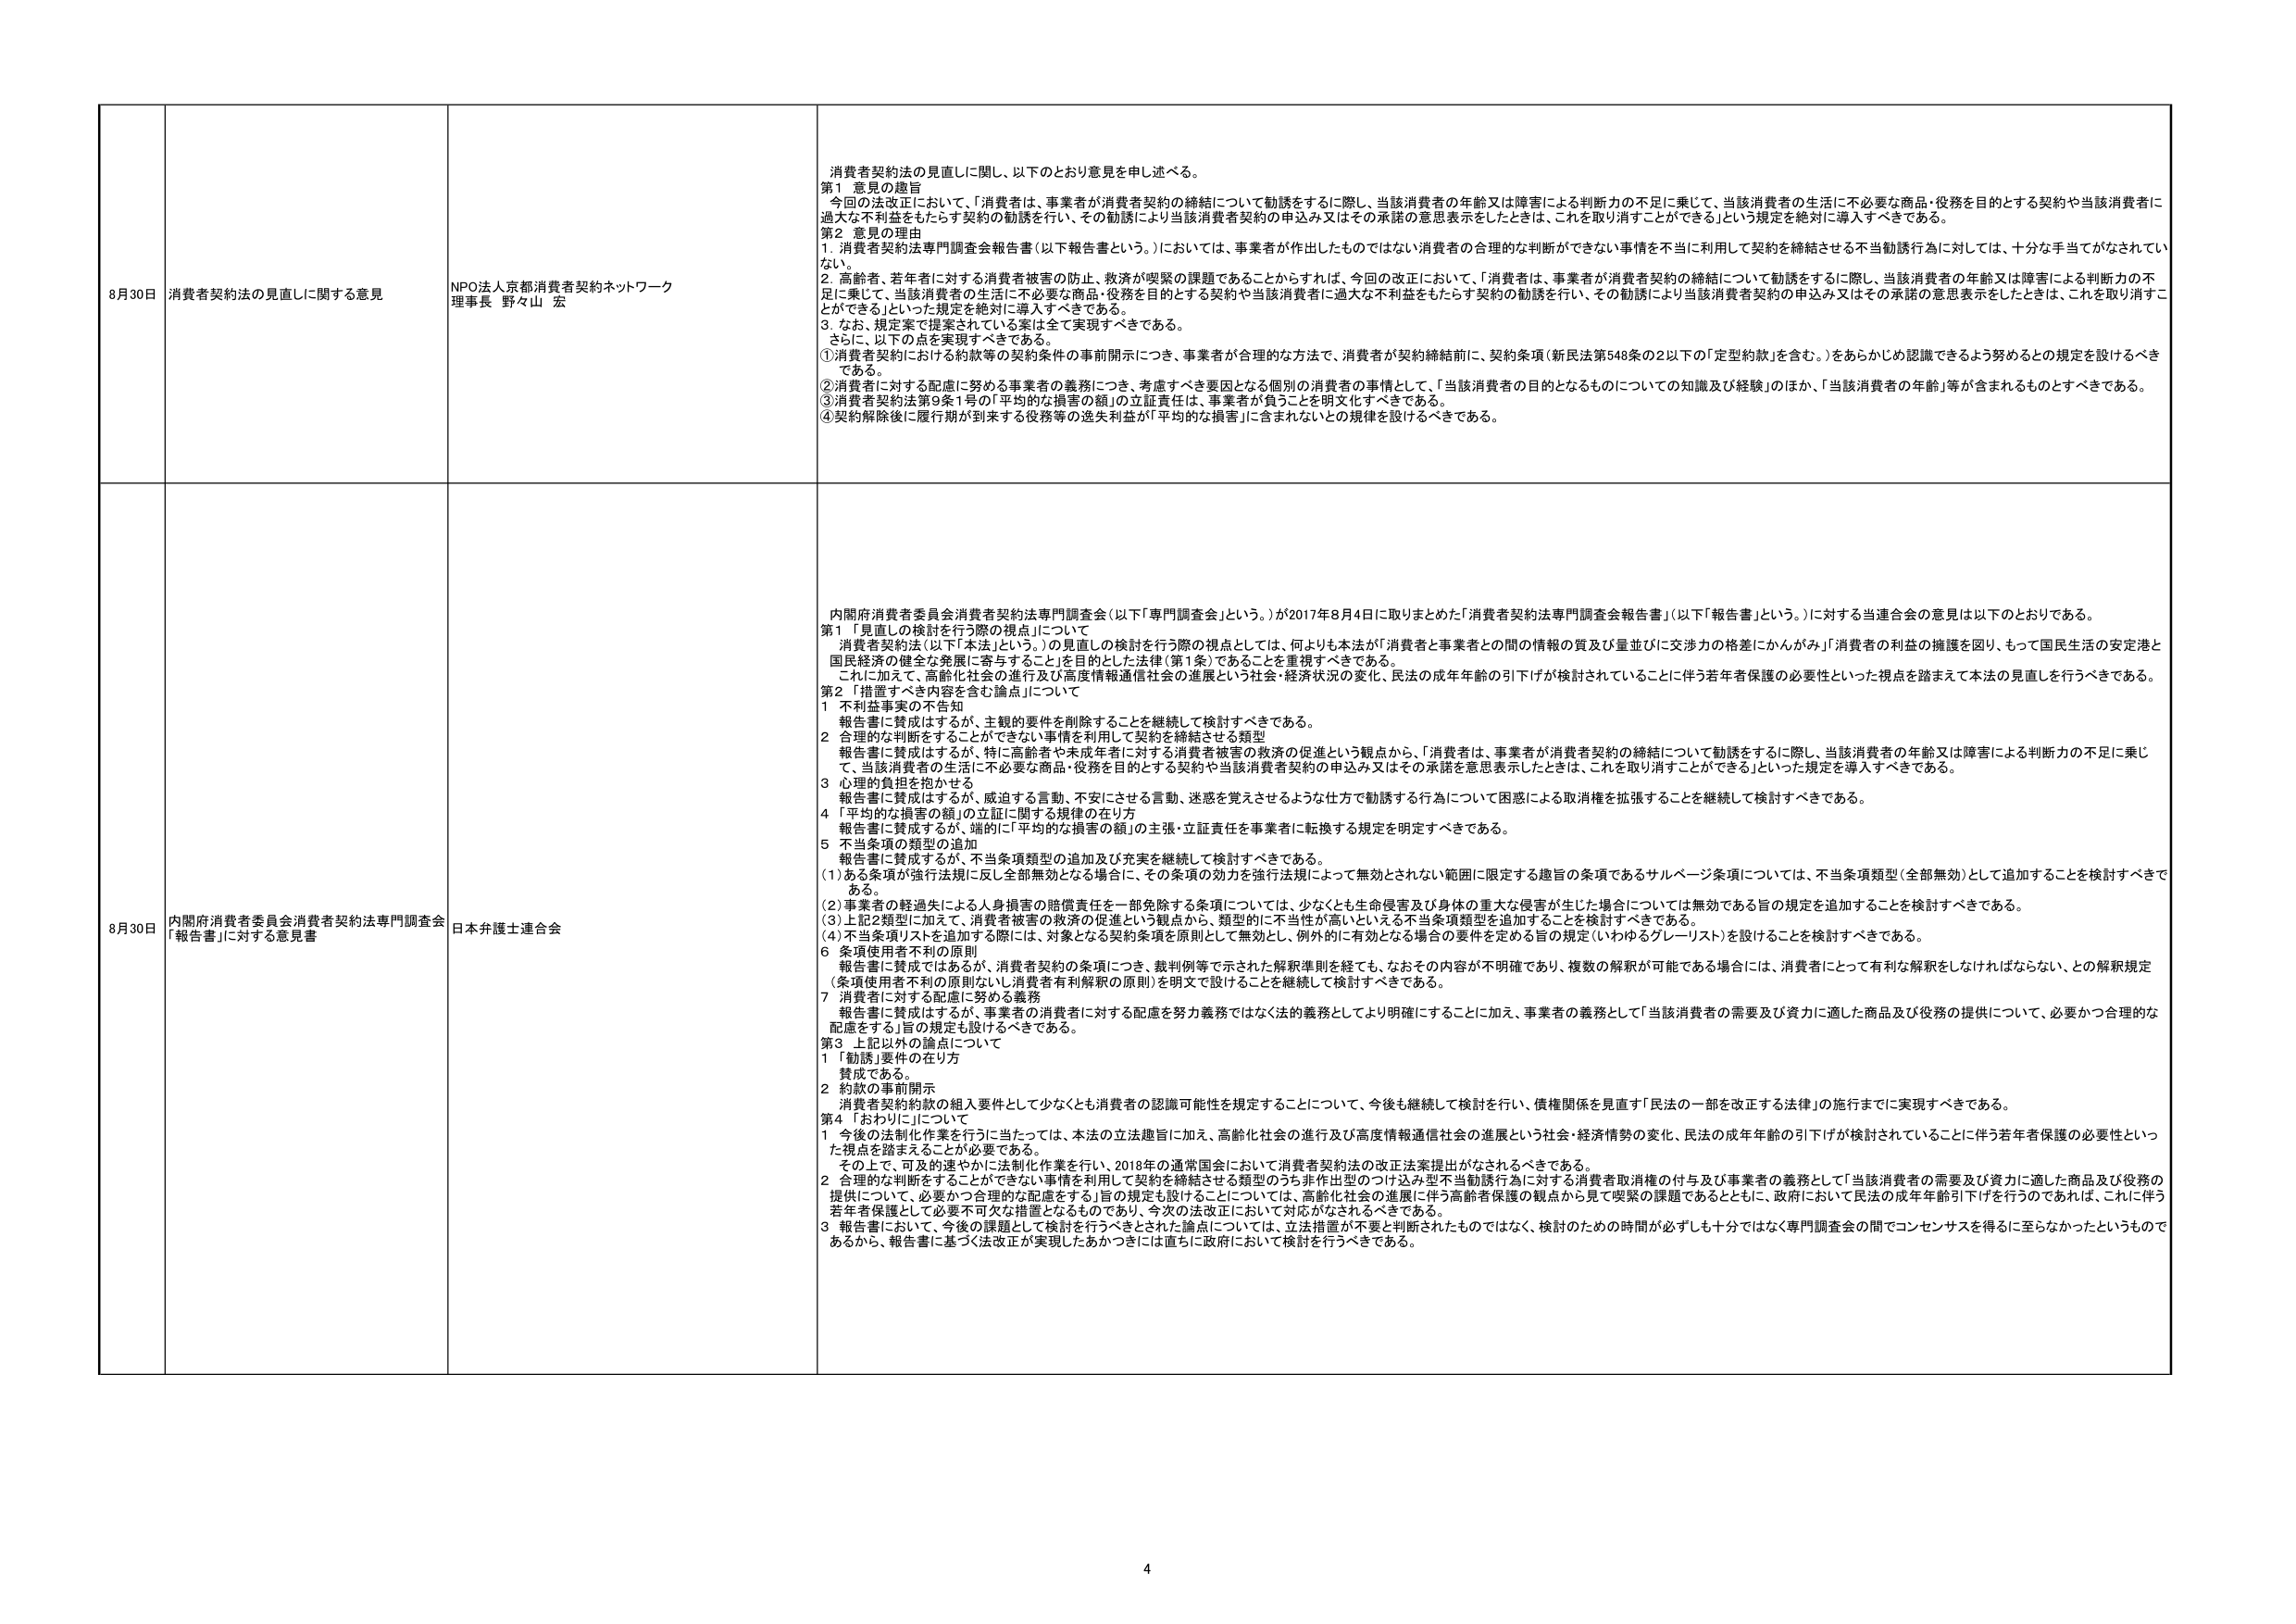
8月30日 消費者契約法の見直しに関する意見
NPO法人京都消費者契約ネットワーク
理事長 野々山 宏
消費者契約法の見直しに関し、以下のとおり意見を申し述べる。
第1 意見の趣旨
今回の法改正において、「消費者は、事業者が消費者契約の締結について勧誘をするに際し、当該消費者の年齢又は障害による判断力の不足に乗じて、当該消費者の生活に不必要な商品・役務を目的とする契約や当該消費者に過大な不利益をもたらす契約の勧誘を行い、その勧誘により当該消費者契約の申込み又はその承諾の意思表示をしたときは、これを取り消すことができる」という規定を絶対に導入すべきである。
第2 意見の理由
1. 消費者契約法専門調査会報告書（以下報告書という。）においては、事業者が作出したものではない消費者の合理的な判断ができない事情を不当に利用して契約を締結させる不当勧誘行為に対しては、十分な手当てがなされていない。
2. 高齢者、若年者に対する消費者被害の防止、救済が喫緊の課題であることからすれば、今回の改正において、「消費者は、事業者が消費者契約の締結について勧誘をするに際し、当該消費者の年齢又は障害による判断力の不足に乗じて、当該消費者の生活に不必要な商品・役務を目的とする契約や当該消費者に過大な不利益をもたらす契約の勧誘を行い、その勧誘により当該消費者契約の申込み又はその承諾の意思表示をしたときは、これを取り消すことができる」といった規定を絶対に導入すべきである。
3. なお、規定案で提案されている案は全て実現すべきである。
さらに、以下の点を実現すべきである。
①消費者契約における約款等の契約条件の事前開示につき、事業者が合理的な方法で、消費者が契約締結前に、契約条項（新民法第548条の2以下の「定型約款」を含む。）をあらかじめ認識できるよう努めるとの規定を設けるべきである。
②消費者に対する配慮に努める事業者の義務につき、考慮すべき要因となる個別の消費者の事情として、「当該消費者の目的となるものについての知識及び経験」のほか、「当該消費者の年齢」等が含まれるものとすべきである。
③消費者契約法第9条1号の「平均的な損害の額」の立証責任は、事業者が負うことを明文化すべきである。
④契約解除後に履行期が到来する役務等の逸失利益が「平均的な損害」に含まれないとの規律を設けるべきである。

8月30日 内閣府消費者委員会消費者契約法専門調査会「報告書」に対する意見書
日本弁護士連合会
内閣府消費者委員会消費者契約法専門調査会（以下「専門調査会」という。）が2017年8月4日に取りまとめた「消費者契約法専門調査会報告書」（以下「報告書」という。）に対する当連合会の意見は以下のとおりである。
第1 「見直しの検討を行う際の視点」について
消費者契約法（以下本法という。）の見直しの検討を行う際の視点としては、何よりも本法が「消費者と事業者との間の情報の質及び量並びに交渉力の格差にかんがみ」「消費者の利益の擁護を図り、もって国民生活の安定と国民経済の健全な発展に寄与すること」を目的とした法律（第1条）であることを重視すべきである。
これに加えて、高齢化社会の進行及び高度情報通信社会の進展という社会・経済状況の変化、民法の成年年齢の引下げが検討されていることに伴う若年者保護の必要性といった視点を踏まえて本法の見直しを行うべきである。
第2 「措置すべき内容を含む論点」について
1 不利益事実の不告知
報告書に賛成はするが、主観的要件を削除することを継続して検討すべきである。
2 合理的な判断をすることができない事情を利用して契約を締結させる類型
報告書に賛成はするが、特に高齢者や未成年者に対する消費者被害の救済の促進という観点から、「消費者は、事業者が消費者契約の締結について勧誘をするに際し、当該消費者の年齢又は障害による判断力の不足に乗じて、当該消費者の生活に不必要な商品・役務を目的とする契約や当該消費者契約の申込み又はその承諾を意思表示したときは、これを取り消すことができる」といった規定を導入すべきである。
3 心理的負担を抱かせる
報告書に賛成はするが、威迫する言動、不安にさせる言動、迷惑を覚えさせるような仕方で勧誘する行為について困惑による取消権を拡張することを継続して検討すべきである。
4 「平均的な損害の額」の立証に関する規律の在り方
報告書に賛成するが、端的に「平均的な損害の額」の主張・立証責任を事業者に転換する規定を明定すべきである。
5 不当条項の類型の追加
報告書に賛成するが、不当条項類型の追加及び充実を継続して検討すべきである。
(1) ある条項が強行法規に反し全部無効となる場合に、その条項の効力を強行法規によって無効とされない範囲に限定する趣旨の条項であるサルベージ条項については、不当条項類型（全部無効）として追加することを検討すべきである。
(2) 事業者の軽過失による人身損害の賠償責任を一部免除する条項については、少なくとも生命侵害及び身体の重大な侵害が生じた場合については無効である旨の規定を追加することを検討すべきである。
(3) 上記2類型に加えて、消費者被害の救済の促進という観点から、類型的に不当性が高いといえる不当条項類型を追加することを検討すべきである。
(4) 不当条項リストを追加する際には、対象となる契約条項を原則として無効とし、例外的に有効となる場合の要件を定める旨の規定（いわゆるグレーリスト）を設けることを検討すべきである。
6 条項使用者不利の原則
報告書に賛成ではあるが、消費者契約の条項につき、裁判例等で示された解釈準則を経ても、なおその内容が不明確であり、複数の解釈が可能である場合には、消費者にとって有利な解釈をしなければならない、との解釈規定（条項使用者不利の原則ないし消費者有利解釈の原則）を明文で設けることを継続して検討すべきである。
7 消費者に対する配慮に努める義務
報告書に賛成はするが、事業者の消費者に対する配慮を努力義務ではなく法的義務としてより明確にすることに加え、事業者の義務として「当該消費者の需要及び資力に適した商品及び役務の提供について、必要かつ合理的な配慮をする」旨の規定も設けるべきである。
第3 上記以外の論点について
1 「勧誘」要件の在り方
賛成である。
2 約款の事前開示
消費者契約約款の組入要件として少なくとも消費者の認識可能性を規定することについて、今後も継続して検討を行い、債権関係を見直す「民法の一部を改正する法律」の施行までに実現すべきである。
第4 「おわりに」について
1 今後の法制化作業を行うに当たっては、本法の立法趣旨に加え、高齢化社会の進行及び高度情報通信社会の進展という社会・経済情勢の変化、民法の成年年齢の引下げが検討されていることに伴う若年者保護の必要性といった視点を踏まえることが必要である。
その上で、可及的速やかに法制化作業を行い、2018年の通常国会において消費者契約法の改正法案提出がなされるべきである。
2 合理的な判断をすることができない事情を利用して契約を締結させる類型のうち非作型のつけ込み型不当勧誘行為に対する消費者取消権の付与及び事業者の義務として「当該消費者の需要及び資力に適した商品及び役務の提供について、必要かつ合理的な配慮をする」旨の規定も設けることについては、高齢化社会の進展に伴う高齢者保護の観点から見て喫緊の課題であるとともに、政府において民法の成年年齢引下げを行うのであれば、これに伴う若年者保護として必要かつ不可欠な措置となるものであり、今次の法改正において対応がなされるべきである。
3 報告書において、今後の課題として検討を行うべきとされた論点については、立法措置が不要と判断されたものではなく、検討のための時間が必ずしも十分ではなく専門調査会の間でコンセンサスを得るに至らなかったというものであるから、報告書に基づく法改正が実現したあかつきには直ちに政府において検討を行うべきである。

4